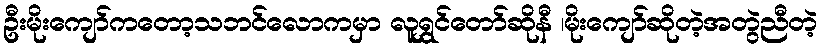
ဦးမိုးကျော်ကတော့သဘင်လောကမှာ လူရွှင်တော်ဆိုနီ ၊မိုးကျော်ဆိုတဲ့အတွဲညီတဲ့